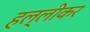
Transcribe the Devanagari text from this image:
हल्लीकर